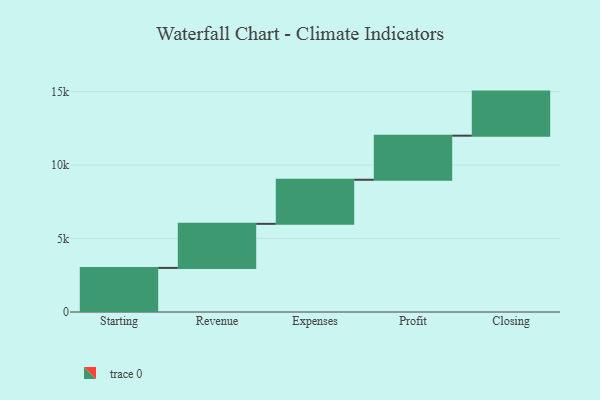
{"axis": {"x": "Step", "y": "Value"}, "legend": [""], "data": [{"x": "Starting", "y": 3000, "type": ""}, {"x": "Revenue", "y": 3000, "type": ""}, {"x": "Expenses", "y": 3000, "type": ""}, {"x": "Profit", "y": 3000, "type": ""}, {"x": "Closing", "y": 3000, "type": ""}]}